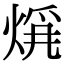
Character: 𤊚